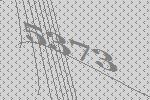
5373